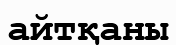
айтқаны